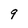
Character: g